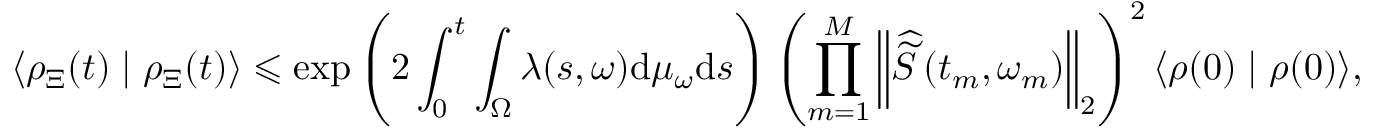
\left\langle \rho _ { \Xi } ( t ) \mid \rho _ { \Xi } ( t ) \right\rangle \leqslant \exp \left( 2 \int _ { 0 } ^ { t } \int _ { \Omega } \lambda ( s , \omega ) \mathrm { d } \mu _ { \omega } \mathrm { d } s \right) \left( \prod _ { m = 1 } ^ { M } \left\| \widehat { \widetilde { S } } \left( t _ { m } , \omega _ { m } \right) \right\| _ { 2 } \right) ^ { 2 } \langle \rho ( 0 ) \mid \rho ( 0 ) \rangle ,